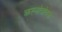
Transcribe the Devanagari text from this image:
क्रस्नोवोदक